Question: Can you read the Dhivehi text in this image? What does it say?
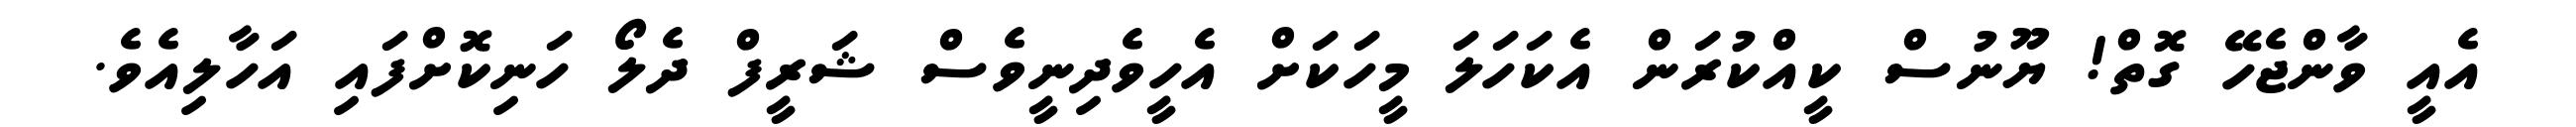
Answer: އެއީ ވާންޖެހޭ ގޮތް! ޔޫނުސް ކީއްކުރަން އެކަހަލަ މީހަކަށް އެހީވެދިނީވެސް ޝަރީފް ދެލޯ ހަނިކޮށްފައި އަހާލިއެވެ.